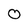
Character: O